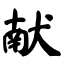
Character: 献